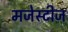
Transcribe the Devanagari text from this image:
मजेस्टीज